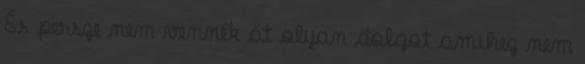
És persze nem vennék át olyan dolgot amihez nem